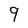
Character: 9